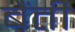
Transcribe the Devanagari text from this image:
बैंती